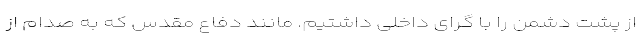
از پشت دشمن را با گرای داخلی داشتیم. مانند دفاع مقدس که به صدام از